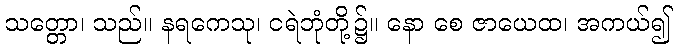
သတ္တော၊ သည်။ နရကေသု၊ ငရဲဘုံတို့၌။ နော စေ ဇာယေထ၊ အကယ်၍